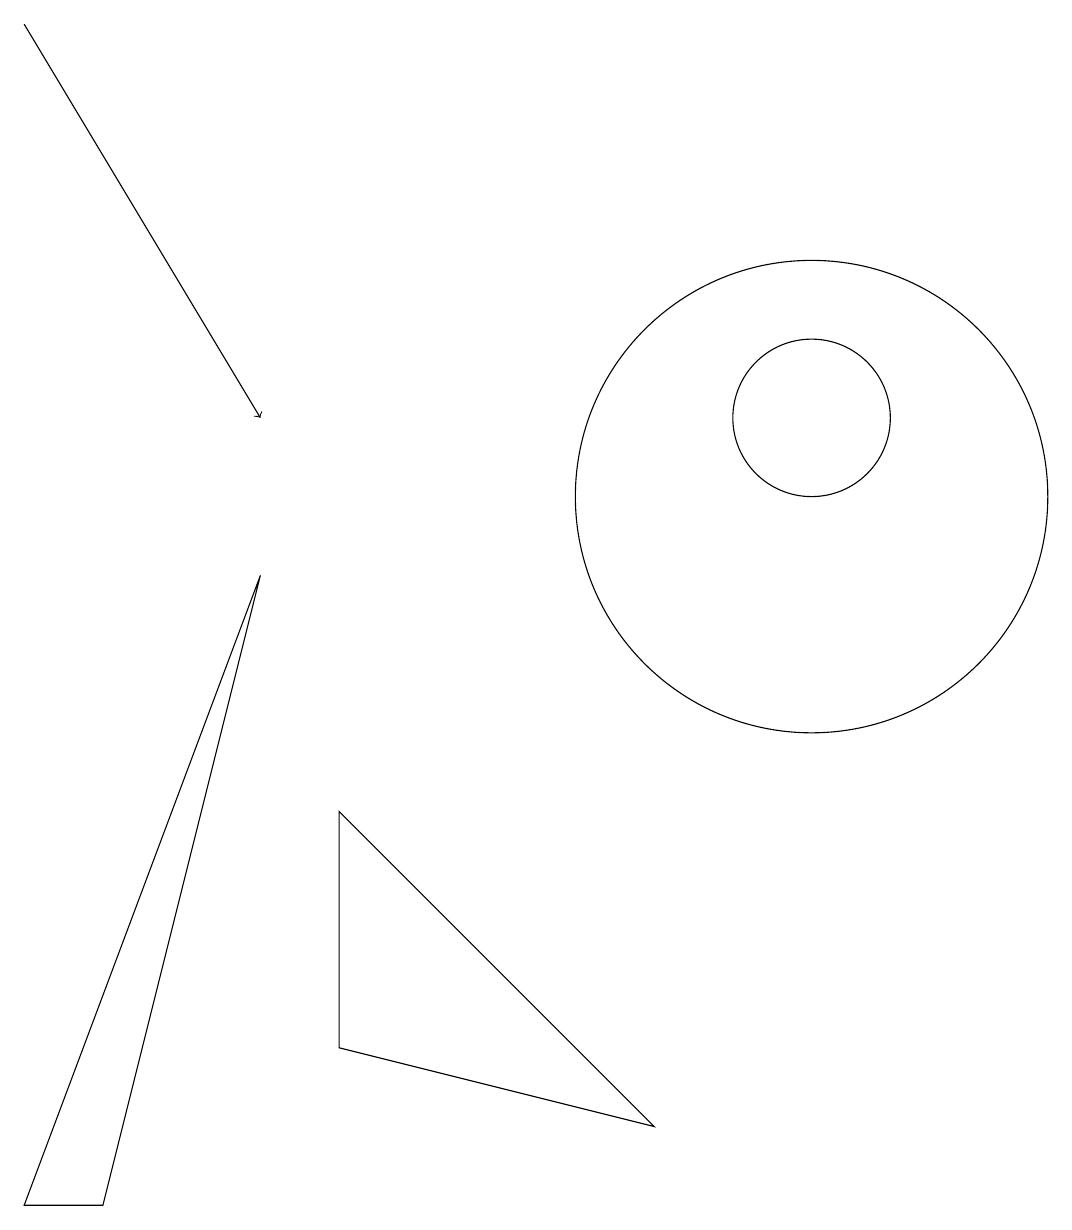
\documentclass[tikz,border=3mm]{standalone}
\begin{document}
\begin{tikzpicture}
\draw (2,1) -- (1,1) -- (4,9) -- cycle;
\draw[->] (1,16) -- (4,11);
\draw (11,10) circle (3);
\draw (11,11) circle (1);
\draw (5,3) -- (9,2) -- (5,6) -- cycle;
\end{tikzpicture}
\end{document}